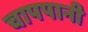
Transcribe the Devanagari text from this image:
चापपानी